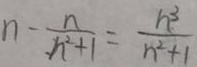
n - \frac { n } { n ^ { 2 } + 1 } = \frac { h ^ { 3 } } { h ^ { 2 } + 1 }